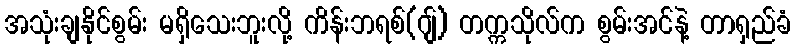
အသုံးချနိုင်စွမ်း မရှိသေးဘူးလို့ ကိန်းဘရစ်(ဂျ်) တက္ကသိုလ်က စွမ်းအင်နဲ့ တာရှည်ခံ